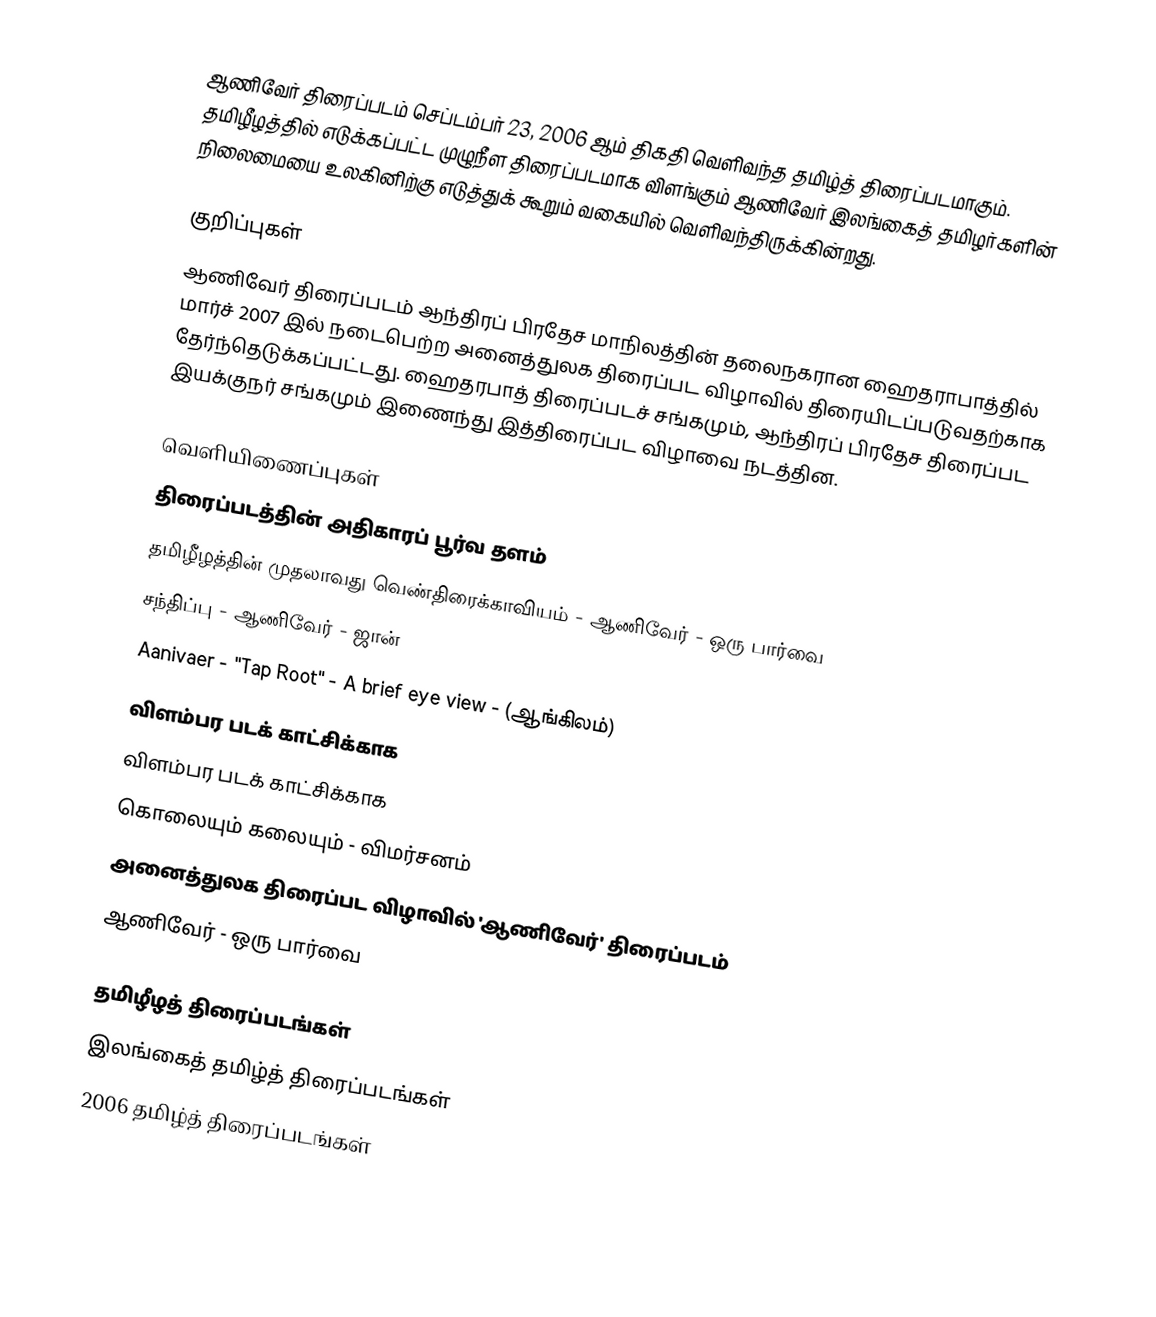
ஆணிவேர் திரைப்படம் செப்டம்பர் 23, 2006 ஆம் திகதி வெளிவந்த தமிழ்த் திரைப்படமாகும்.  தமிழீழத்தில் எடுக்கப்பட்ட முழுநீள திரைப்படமாக விளங்கும் ஆணிவேர் இலங்கைத் தமிழர்களின் நிலைமையை உலகினிற்கு எடுத்துக் கூறும் வகையில் வெளிவந்திருக்கின்றது.

குறிப்புகள்
 ஆணிவேர் திரைப்படம் ஆந்திரப் பிரதேச மாநிலத்தின் தலைநகரான ஹைதராபாத்தில் மார்ச் 2007 இல் நடைபெற்ற அனைத்துலக திரைப்பட விழாவில் திரையிடப்படுவதற்காக தேர்ந்தெடுக்கப்பட்டது. ஹைதரபாத் திரைப்படச் சங்கமும், ஆந்திரப் பிரதேச திரைப்பட இயக்குநர் சங்கமும் இணைந்து இத்திரைப்பட விழாவை நடத்தின.

வெளியிணைப்புகள்
  திரைப்படத்தின் அதிகாரப் பூர்வ தளம்
 தமிழீழத்தின் முதலாவது வெண்திரைக்காவியம் - ஆணிவேர் - ஒரு பார்வை
 சந்திப்பு - ஆணிவேர் - ஜான்
 Aanivaer - "Tap Root" - A brief eye view  - (ஆங்கிலம்)
 விளம்பர படக் காட்சிக்காக
 விளம்பர படக் காட்சிக்காக
 கொலையும் கலையும்  - விமர்சனம்
 அனைத்துலக திரைப்பட விழாவில் 'ஆணிவேர்' திரைப்படம்
 ஆணிவேர் - ஒரு பார்வை

தமிழீழத் திரைப்படங்கள்
இலங்கைத் தமிழ்த் திரைப்படங்கள்
2006 தமிழ்த் திரைப்படங்கள்